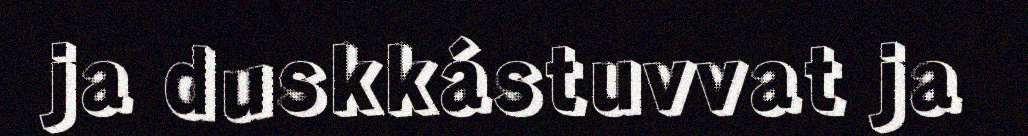
ja duskkástuvvat ja